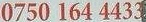
0750 164 4433